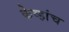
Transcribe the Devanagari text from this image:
केव्हांच